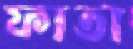
ফাতা